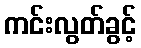
ကင်းလွတ်ခွင့်